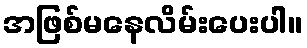
အဖြစ်မနေလိမ်းပေးပါ။